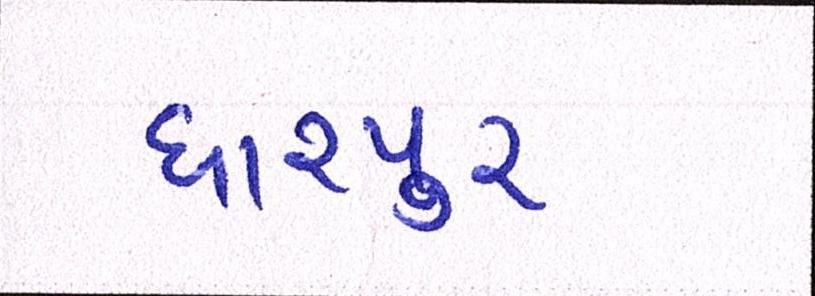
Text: ધારપુર